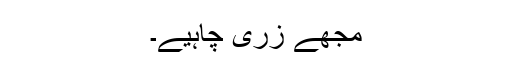
مجھے زری چاہیے۔